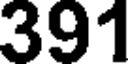
391